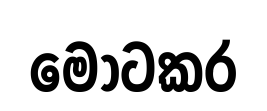
මොටකර